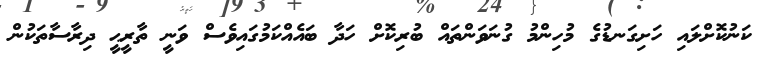
ކަނުކޮށްލައި ހަށިގަނޑުގެ މުހިންމު ގުނަވަންތައް ބުރިކޮށް ހަދާ ބައެއްކަމުގައިވެސް ވަނީ ތާރީޙީ ދިރާސާތަކުން